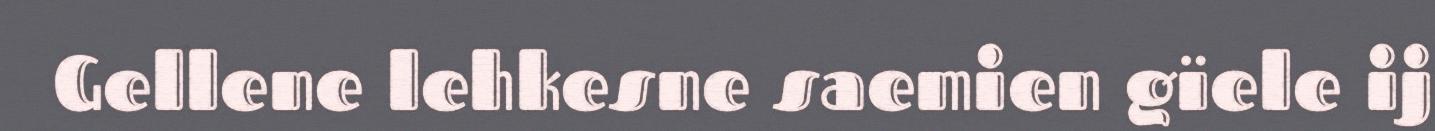
Gellene lehkesne saemien gïele ij